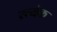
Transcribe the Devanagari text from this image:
रत्येक